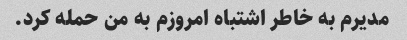
مدیرم به خاطر اشتباه امروزم به من حمله کرد.